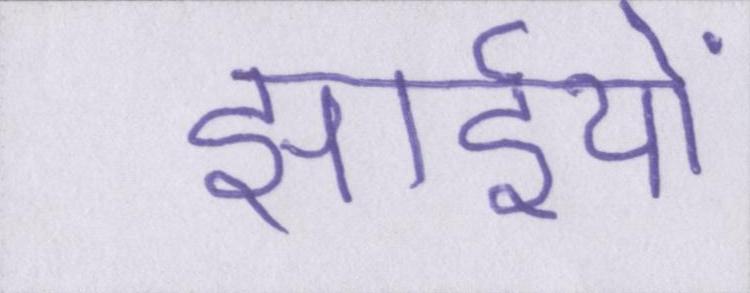
झाईयों